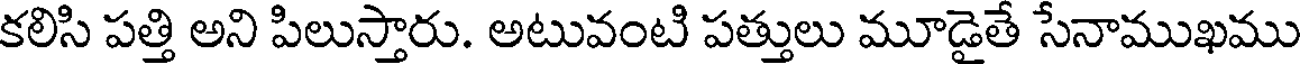
కలిసి పత్తి అని పిలుస్తారు. అటువంటి పత్తులు మూడైతే సేనాముఖము